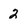
Character: 2